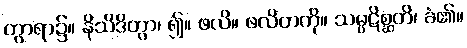
တွာရာ၌။ နိသိဒိတွာ၊ ၍။ ဖလိ။ ဖလိတကို။ သမ္ပဋိစ္ဆတိ၊ ခံ၏။